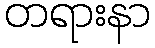
တရားနာ